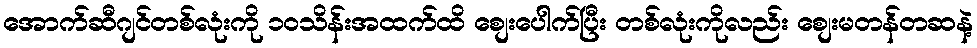
အောက်ဆီဂျင်တစ်လုံးကို ၁ဝသိန်းအထက်ထိ စျေးပေါက်ပြီး တစ်လုံးကိုလည်း စျေးမတန်တဆနဲ့